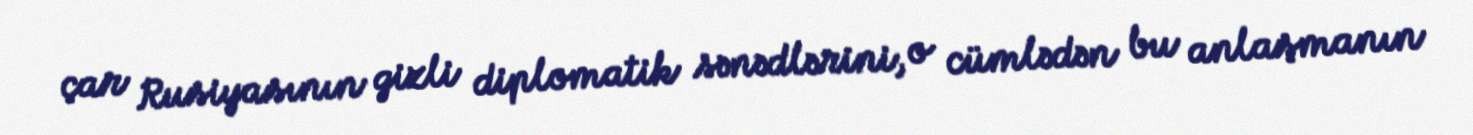
çar Rusiyasının gizli diplomatik sənədlərini, o cümlədən bu anlaşmanın